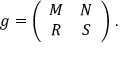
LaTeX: g = \left( \begin{array} { c c } { { M } } & { { N } } \\ { { R } } & { { S } } \end{array} \right) \, .